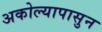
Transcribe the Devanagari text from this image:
अकोल्यापासुन